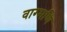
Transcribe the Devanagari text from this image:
वाग्मणि